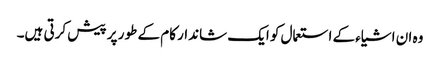
وہ ان اشیاء کے استعمال کو ایک شاندار کام کے طور پر پیش کرتی ہیں۔